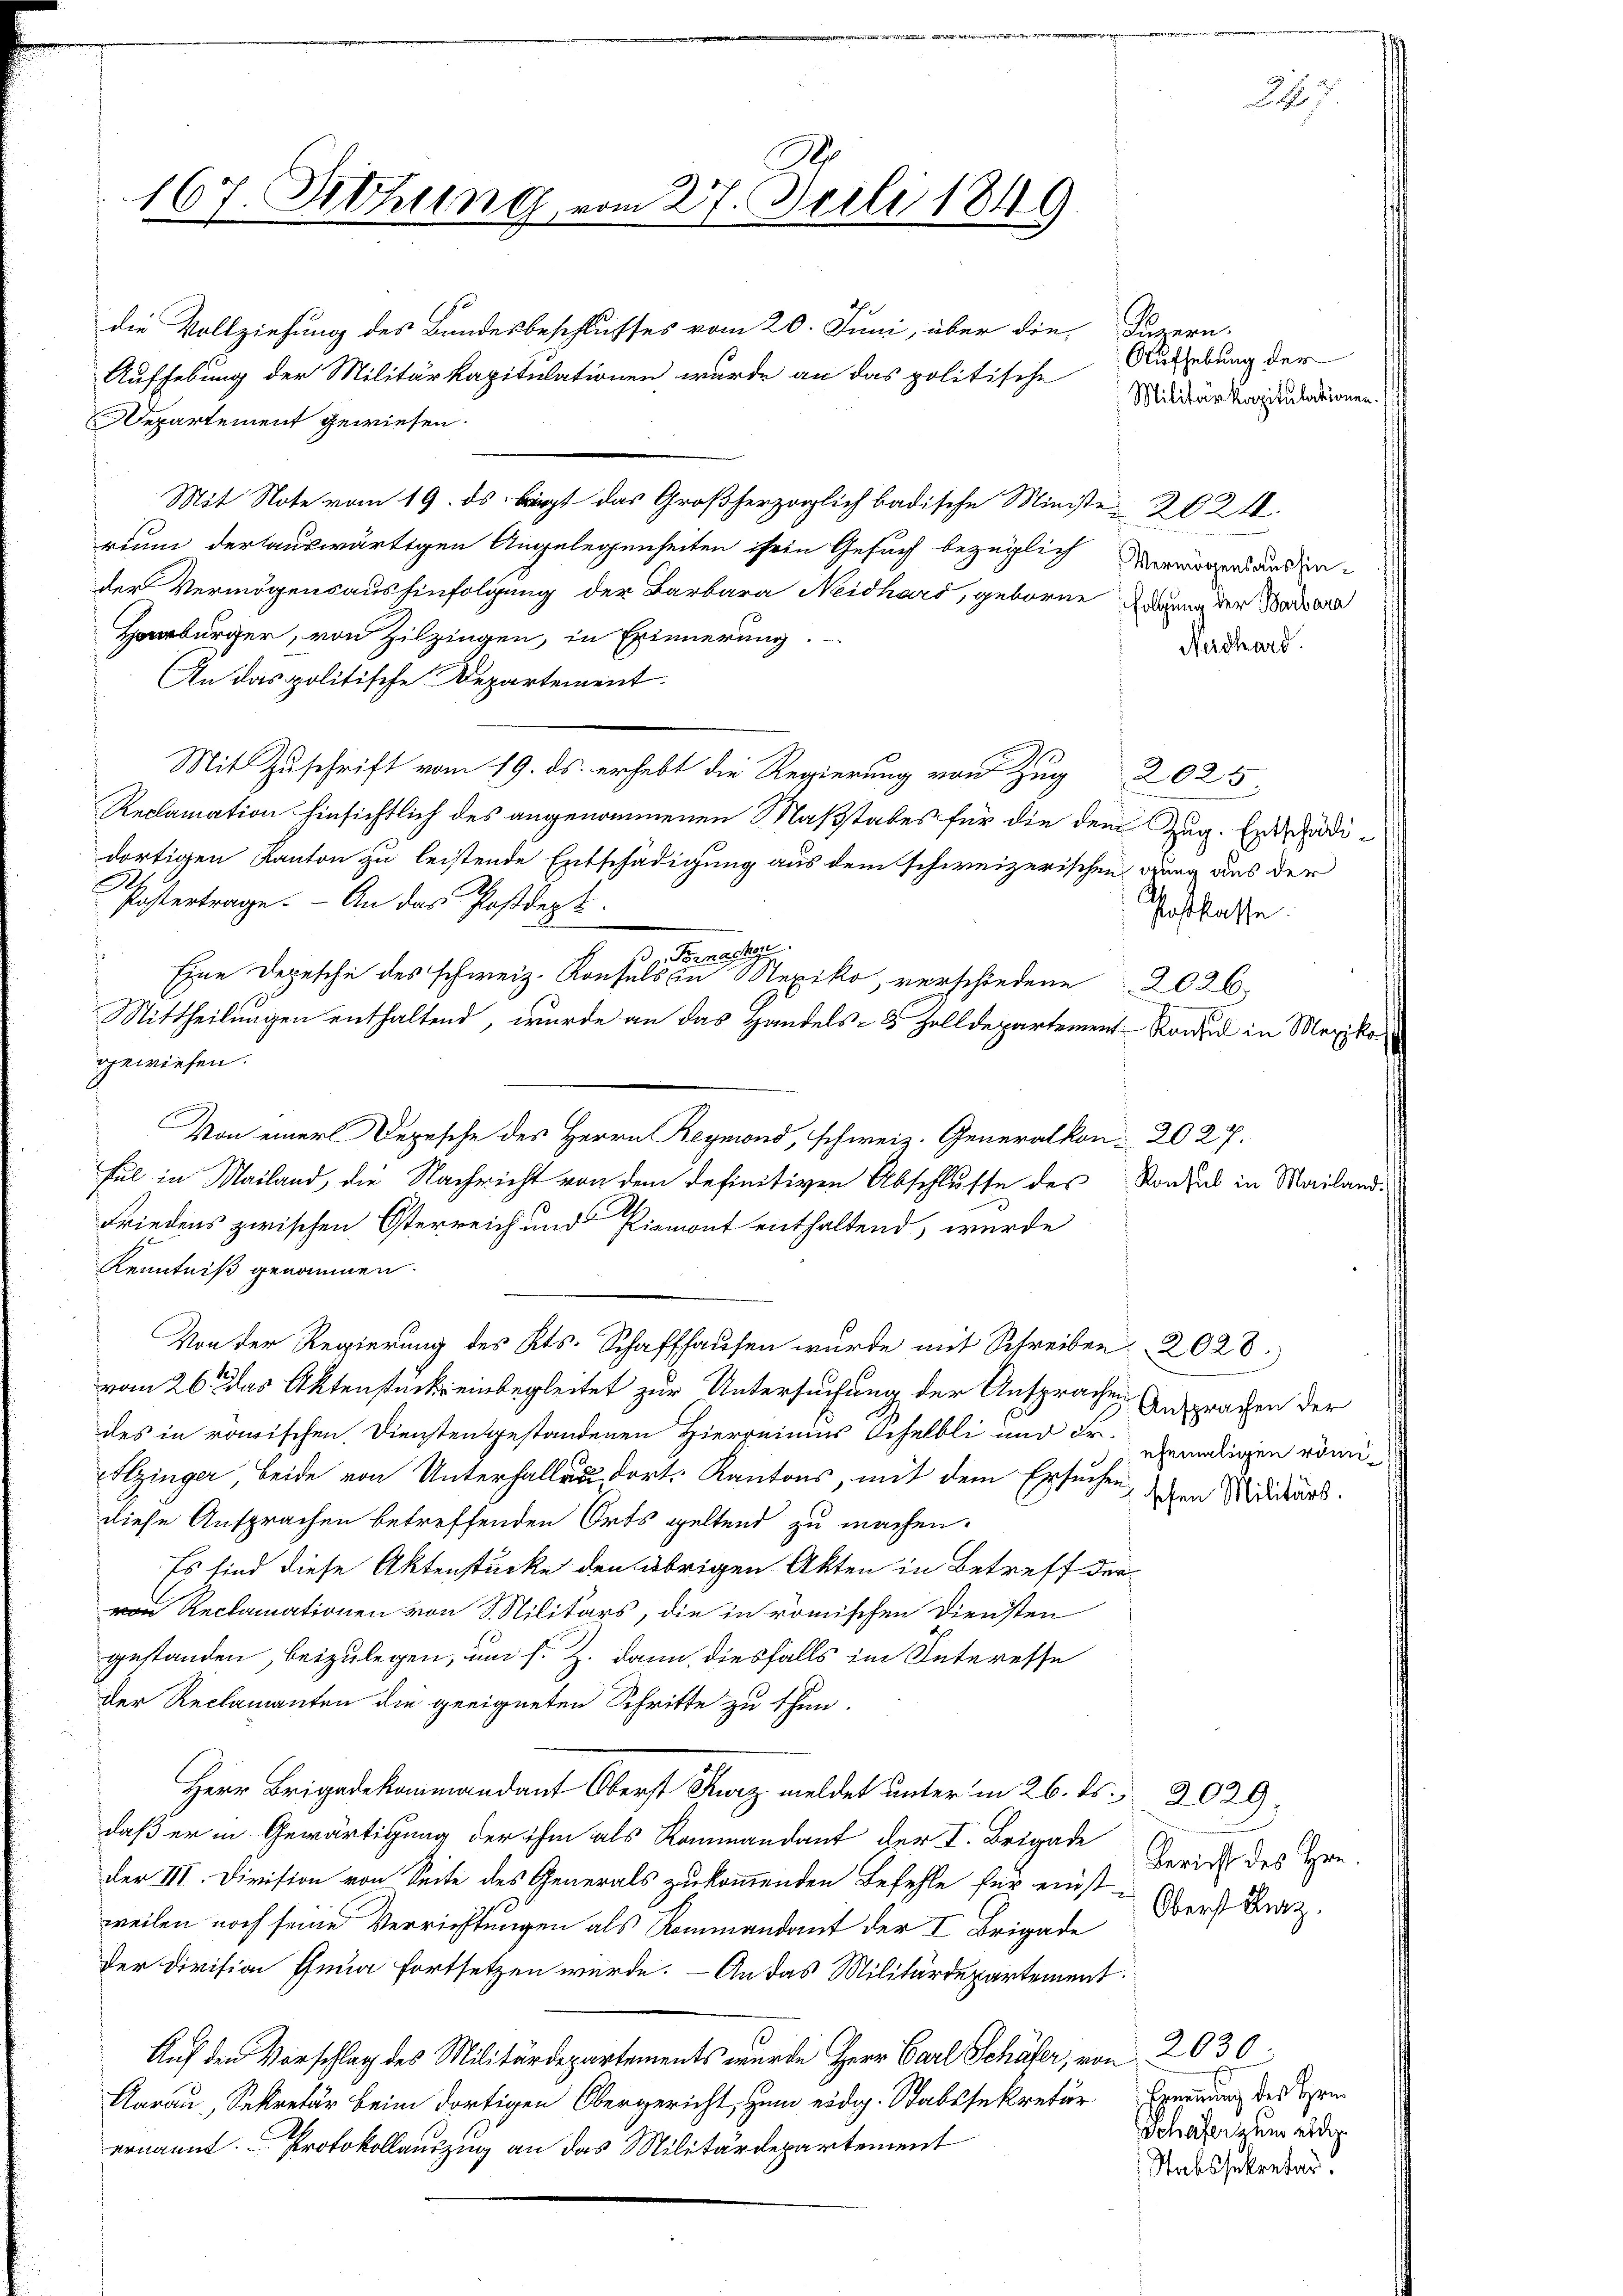
die Vollziehung des Bundesbeschlusses vom 20. Juni, über die Luzern.
Aufhebung der Militärkapitulationen wurde an das politische

167. Sitzung.

vom 27. Juli 1849

Departement gewiesen.
Mit Note vom 19. ds. kriegt das Großherzoglich badische Minister 2824.
rium der auswärtigen Angelegenheiten ihren Gesuch bezüglich Vermögen anden
der Vermögensaushinfolgung der Barbara Neidhard, geborne Dann der Waisera
Horbürger, von Zilzingen, in Erinnerung.
Mechand
An das politische Departement
Mit Zuschrift vom 19. ds. erhebt die Regierung von Zug 2025
Reclamation hinsichtlich des angenommenen Maßstabes für die dem Zug. Entschädidortigen Kanton zu leistende Entschädigung aus dem schweizerischen dung aus der
Postertrage. - An das Postdept.
Postkasse.
s Fornachz
Eine Depesche des schweiz. Konsuls in Mexiko, verschiedene 2026
Mittheilungen enthaltend, wurde an das Handels- & Zolldepartement Rodel in Mexiko
Erwiesen.
nnung
Von einer Depesche des Herrn Reymond, schweiz. Generalkon-2027.
tel in Mailand, die Nachricht von dem definitiven Abschlusse des Konsul in Mailand¬
Friedens zwischen Österreich und Piemont enthaltend, wurde
Kenntniß genommen.
Von der Regierung des Kts. Schaffhausen wurde mit Schreiben 2028.
vom 26. das Aktenstück einbegleitet zur Untersuchung der Ansprachen Ansprachen der
des in römischen Dienstengestandenen Hierreinius Schelbli und Fr. gemaligen römi¬
Itzinger beide von Unterhallen dort Kantons, mit dem Ersuchen, die Widders.
diese Ansprachen betreffenden Orts geltend zu machen.
Es sind diese Aktenstücke den übrigen Akten in Betreff der
von Reclamationen von S. Militärs, die in römischen Diensten
gestanden, beizulegen, um s. Z. dann diesfalls im Interesse
der Reclamanten die geeigneten Schritte zu thun.
Herr Brigadekommandant Oberst Kurz meldet unter in 26. ds. 2029
daß er in Gewärtigung der ihm als Rommandant der I. Brigade
Bericht des Hrn.
der III. Division von Seite des Generals zukommenden Befehle für einsti
Oberst Braz.
veilen noch seine Verrichtungen als Rommandant der I Brigade
der Division Ehema fortsetzen würde. — An das Militärdepartement
Auf den Vorschlag des Militärdepartements wurde Herr Carl Schäfer, von 2030.
Aarau, Sekretär beim dortigen Obergericht, zum eidg. Stabssekretär Exemung des Verei
Schater zum eidg.
ernannt. Protokollauszug an das Militärdepartement
Stabssekretär.

Aufhebung der
Militär kapitulationen.

2. 7.